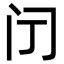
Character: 𮤫